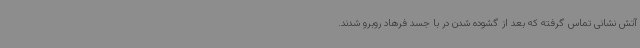
آتش نشانی تماس گرفته که بعد از گشوده شدن در با جسد فرهاد روبرو شدند.